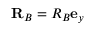
\mathbf { R } _ { B } = R _ { B } \mathbf { e } _ { y }